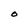
Character: O